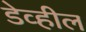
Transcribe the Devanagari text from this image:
डेव्हील